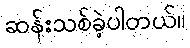
ဆန်းသစ်ခဲ့ပါတယ်။